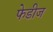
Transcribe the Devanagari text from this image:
फेडीज